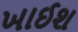
ખાઈશ